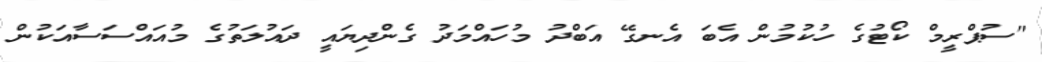
"ސުޕްރީމް ކޯޓުގެ ހުކުމުން އެބަ އެނގޭ އަބްދު މުހައްމަދު ގެންދިޔައީ ދައުލަތުގެ މުއައްސަސާއަކުން